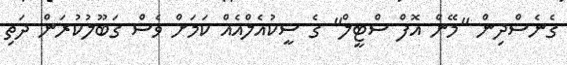
ގެނެސްދިން "މޭން އޮފް ސްޓީލް" ގެ ސީކުއެލްއެއް ކަމަށް ވެސް ގަބޫލުކުރަން ދަތި